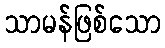
သာမန်ဖြစ်သော